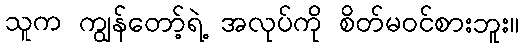
သူက ကျွန်တော့်ရဲ့ အလုပ်ကို စိတ်မဝင်စားဘူး။